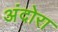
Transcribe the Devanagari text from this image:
अंदोरा